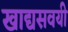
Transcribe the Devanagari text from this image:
खाद्यसवयी